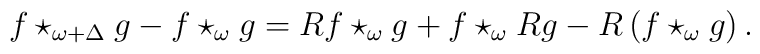
f\star _{\omega +\Delta }g-f\star _{\omega }g=Rf\star _{\omega }g+f\star_{\omega }Rg-R\left( f\star _{\omega }g\right) .